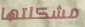
مشكلتها